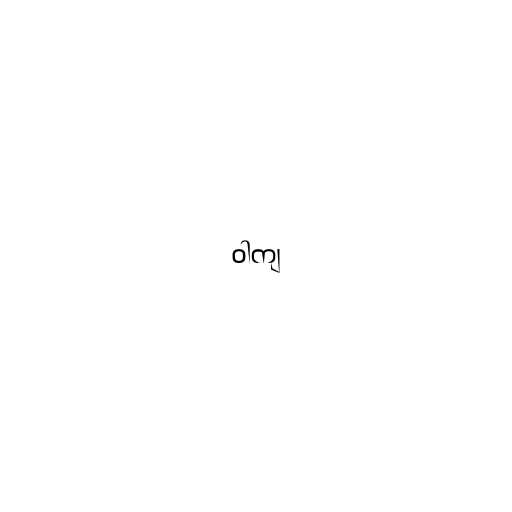
ဝါကျ